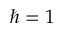
\hbar = 1